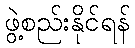
ဖွဲ့စည်းနိုင်ရန်